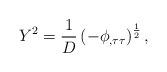
LaTeX: \begin{align*}Y^2=\frac 1D\left( -\phi _{,\tau \tau }\right) ^{\frac 12},\end{align*}